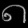
Digit: ၈